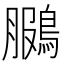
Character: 鵩